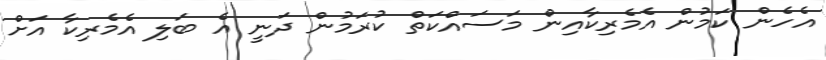
އެހެން ކަމުން އެމެރިކާއިން މަސައްކަތް ކުރަމުން ދަނީ އެ ބަލި އެމެރިކާ އަށް